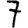
Digit: 7